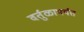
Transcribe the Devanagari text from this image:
वर्तुळापर्यंत